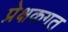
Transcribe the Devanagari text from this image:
प्रेक्षकगत